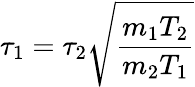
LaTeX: \tau_{1}=\tau_{2}\sqrt{\frac{m_{1}T_{2}}{m_{2}T_{1}}}